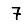
Digit: 7